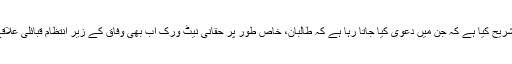
امریکی میڈیا نے اس بات کی امریکی حکام کے ان دعوؤں کے حوالے سے یوں تشریح کیا ہے کہ جن میں دعویٰ کیا جاتا رہا ہے کہ طالبان، خاص طور پر حقانی نیٹ ورک اب بھی وفاق کے زیر انتظام قبائلی علاقے (فاٹا) میں افغانستان میں حملوں کے لیے محفوظ پناہ گاہیں استعمال کررہے ہیں۔